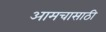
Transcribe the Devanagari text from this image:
आमचासाठी